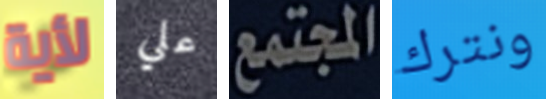
لأية علي المجتمع ونترك